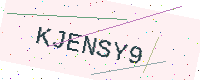
Text: KJENSY9